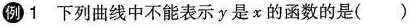
\bigcirc{例} 1 下列曲线中不能表示y是x的函数的是( )